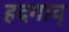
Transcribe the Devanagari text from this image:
हदगाव्